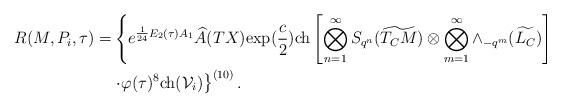
LaTeX: \begin{align*}R(M,P_i,\tau)=&\left\{e^{\frac{1}{24}E_2(\tau)A_1}\widehat{A}(TX){\rm exp}(\frac{c}{2}){\rm ch}\left[\bigotimes _{n=1}^{\infty}S_{q^n}(\widetilde{T_CM})\otimes\bigotimes _{m=1}^{\infty}\wedge_{-q^m}(\widetilde{L_C})\right]\right.\\&\left.\cdot\varphi(\tau)^{8}{\rm ch}(\mathcal{V}_i)\right\}^{(10)}.\end{align*}